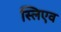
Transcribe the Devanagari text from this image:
स्लिएव